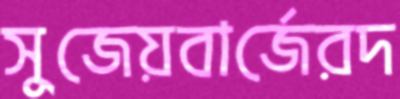
সুজেয়বার্জেরদ